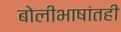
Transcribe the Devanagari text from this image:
बोलीभाषांतही